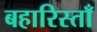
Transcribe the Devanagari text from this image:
बहारिस्ताँ